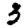
Digit: 3